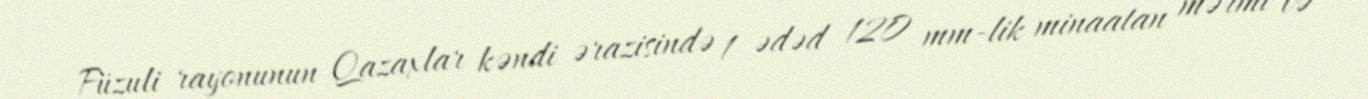
Füzuli rayonunun Qazaxlar kəndi ərazisində 1 ədəd 120 mm-lik minaatan mərmi və